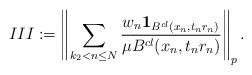
LaTeX: \begin{align*}III:= \left\| \sum_{ k_2 < n \le N}\frac{w_n \mathbf{1}_{B^{cl}(x_{n}, t_n r_{n})} }{\mu B^{cl}(x_{n}, t_n r_{n})} \right\|_p.\end{align*}